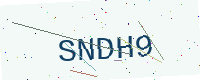
Text: SNDH9